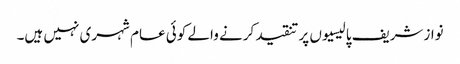
نوازشریف پالیسیوں پر تنقید کرنے والے کوئی عام شہری نہیں ہیں۔